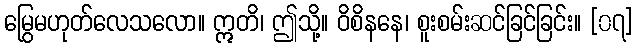
မြွေမဟုတ်လေသလော။ ဣတိ၊ ဤသို့။ ဝိစိနနေ၊ စူးစမ်းဆင်ခြင်ခြင်း။ [၀၇]